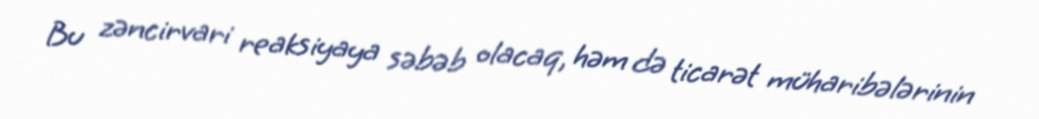
Bu zəncirvari reaksiyaya səbəb olacaq, həm də ticarət müharibələrinin